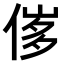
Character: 𠊵